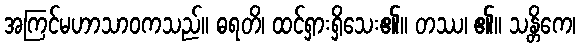
အကြင်မဟာသာဝကသည်။ ဓရတိ၊ ထင်ရှားရှိသေး၏။ တဿ၊ ၏။ သန္တိကေ၊